Bulletin of the Pasteur Institute of Southern India, Coonoor - No. 1.
Year: 1908
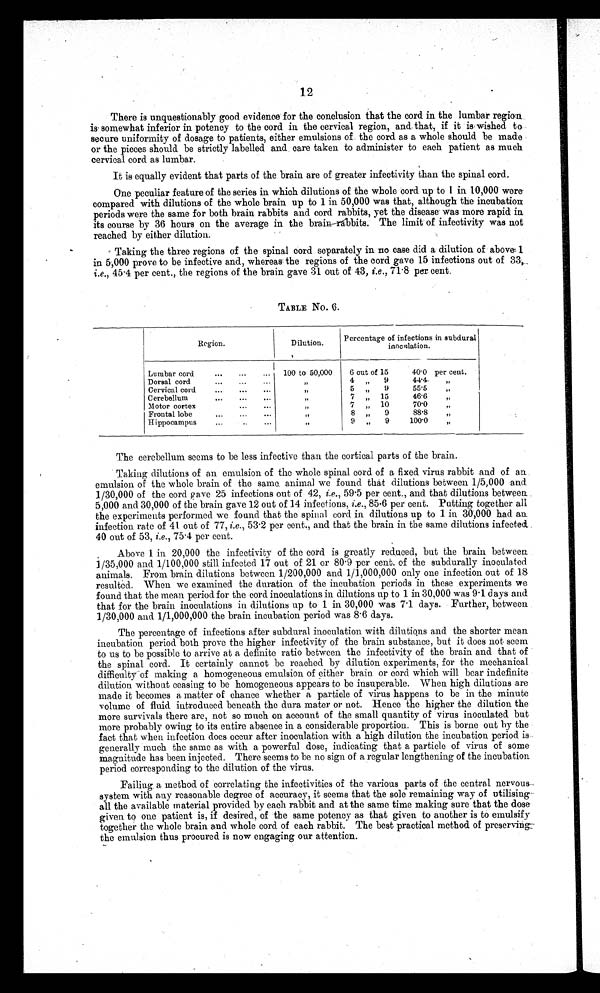
12
There is unquestionably good evidence for the conclusion that the cord in the lumbar region
is somewhat inferior in potency to the cord in the cervical region, and that, if it is wished to
secure uniformity of dosage to patients, either emulsions of the cord as a whole should be made
or the pieces should be strictly labelled and care taken to administer to each patient as much
cervical cord as lumbar.
It is equally evident that parts of the brain are of greater infectivity than the spinal cord.
One peculiar feature of the series in which dilutions of the whole cord up to I in 10,000 were
compared with dilutions of the whole brain up to 1 in 50,000 was that, although the incubation
periods were the same for both brain rabbits and cord rabbits, yet the disease was more rapid in
its course by 36 hours on the average in the brain rabbits. The limit of infectivity was not
reached by either dilution.
Taking the three regions of the spinal cord separately in no case did a dilution of above, 1
in 5,000 prove to be infective and, whereas the regions of the cord gave 15 infections out of 33,
i.e. , 45 .4 per cent., the regions of the brain gave 31 out of 43, i.e. , 71 . 8 per cent.
TABLE No. 6.
Region.
Dilution.
Percentage of infections in subdural
i n o c n l a t i o n .
Lumbar cord
100 to 50,000
6 out of 15
40.0 per cent.
Dorsal cord
4
9
44.4.
Cervical cord
5
9
55.5
Cerebellum
7
15
46.6
M otor cortex
Frontal lobe
7
10
70.0
8
9
888
Hippocampus
9
9
1000
The cerebellum seems to be less infective than the cortical parts of the brain.
Taking dilutions of an emulsion of the whole spinal cord of a fixed virus rabbit and of an
emulsion of the whole brain of the same animal we found that dilutions between 1/5,000 and
1/30,000 of the cord gave 25 infections out of 42, i.e. , 59 .5 per cent., and that dilutions between
5,000 and 30,000 of the brain gave 12 out of 14 infections, i.e. , 85 .6 per cent. Putting together all
the experiments performed we found that the spinal cord in dilutions up to 1 in 30,000 had an
infection rate of 41. out of 77, i.e. , 53 .2 per cent., and that the brain in the same dilutions infected
40 out of 53, i.e. , 75 . 4 per cent.
Above 1 in 20,000 the infectivity of the cord is greatly reduced, but the brain between
1/35,000 and 1/100,000 still infected 17 out of 21 or 80 . 9 per cent. of the subdurally inoculated
animals. From brain dilutions between 1/200,000 and 1/1,000,000 only one infection out of 18
resulted. When we examined the duration of the incubation periods in these experiments we
found that the mean period for the cord inoculations in dilutions up to 1 in 30,000 was 9 . 1 days and
that for the brain inoculations in dilutions up to 1 in 30,000 was 7 . 1 days. Further, between
1/30,000 and 1/1,000,000 the brain incubation period was 8 . 6 days.
The percentage of infections after subdural inoculation with dilutions and the shorter mean
incubation period both prove the higher infectivity of the brain substance, but it does not seem
to us to be possible to arrive at a definite ratio between the infectivity of the brain and that of
the spinal cord. It certainly cannot be reached by dilution experiments, for the mechanical
difficulty of making a homogeneous emulsion of either brain or cord which will bear indefinite
dilution without ceasing to be homogeneous appears to be insuperable. When high dilutions are
made it becomes a matter of chance whether a particle of virus happens to be in the minute
volume of fluid introduced beneath the dura mater or not. Hence the higher the dilution the
more survivals there are, not so much on account of the small quantity of virus inoculated but
more probably owing to its entire absence in a considerable proportion. This is borne out by the
fact that when infection does occur after inoculation with a high dilution the incubation period is
generally much the same as with a powerful dose, indicating that a particle of virus of some
magnitude has been injected. There seems to be no sign of a regular lengthening of the incubation
period corresponding to the dilution of the virus.
Failing a method of correlating the infectivities of the various parts of the central nervous
system with any reasonable degree of accuracy, it seems that the sole remaining way of utilising
all the available material provided by each rabbit and at the same time making sure that the dose
given to one patient is, if desired, of the same potency as that given to another is to emulsify
together the whole brain and whole cord of each rabbit. The best practical method of preserving
the emulsion thus procured is now engaging our attention.